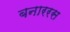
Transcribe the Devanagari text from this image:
बनाररस